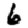
Digit: 6